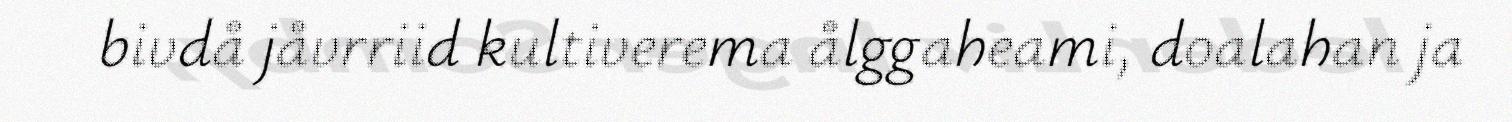
bivdå jåvrriid kultiverema ålggaheami, doalahan ja